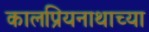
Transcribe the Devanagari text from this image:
कालप्रियनाथाच्या